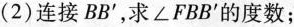
(2)连接BB^{\prime}，求∠FBB^{\prime}的度数；